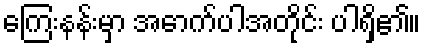
ကြေးနန်းမှာ အောက်ပါအတိုင်း ပါရှိ၏။